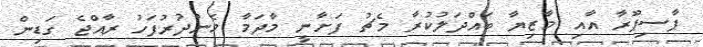
ޕާސިޕޫރާ އާއި މާޒިޔާ ބައްދަލުކުރާ މެޗު ފަށާނީ މާދަމާ މެންދުރުފަހު ރާއްޖެ ގަޑިން